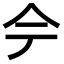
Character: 𫝆